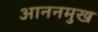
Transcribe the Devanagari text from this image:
आननमुख